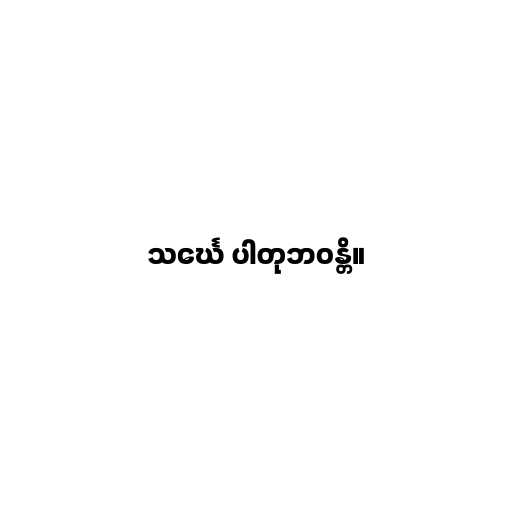
သင်္ဃေ ပါတုဘဝန္တိ။